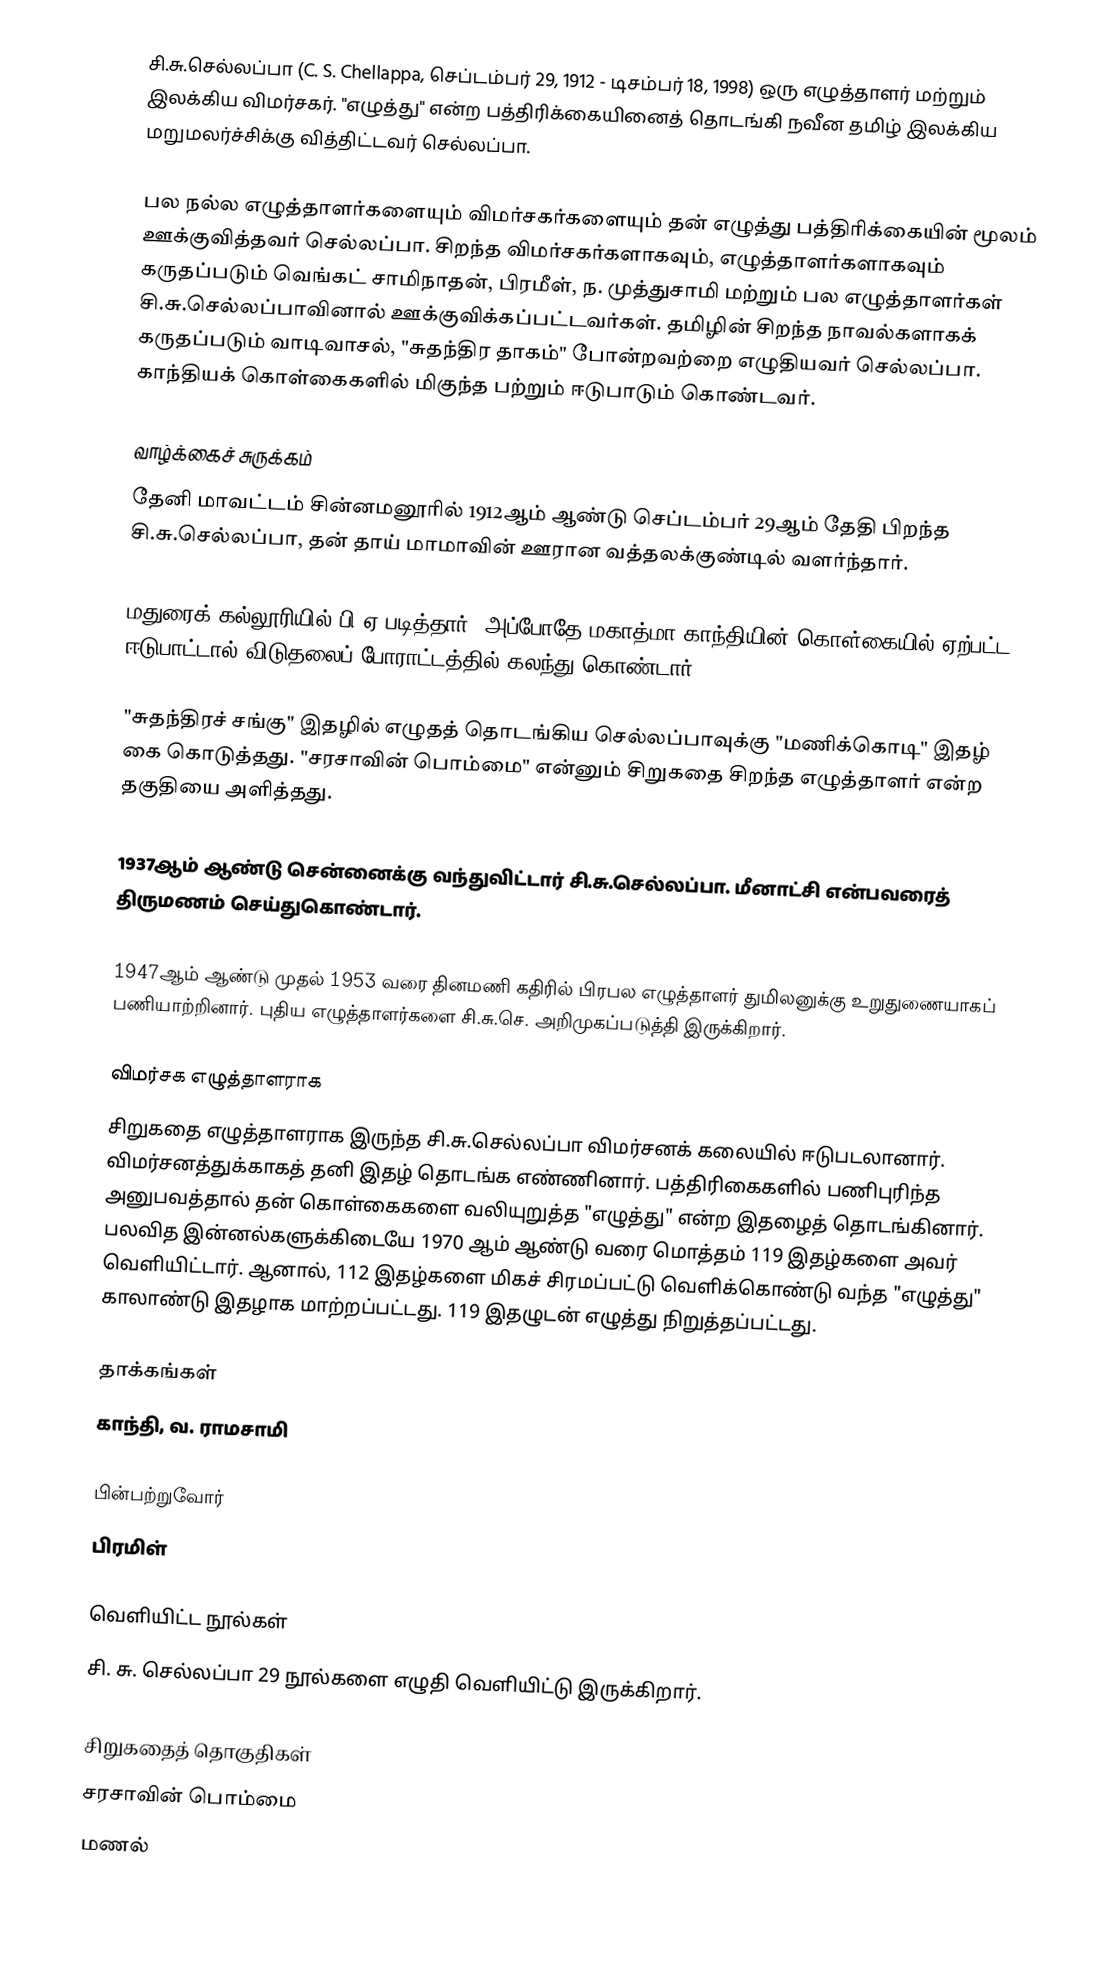
சி.சு.செல்லப்பா (C. S. Chellappa, செப்டம்பர் 29, 1912 - டிசம்பர் 18, 1998) ஒரு எழுத்தாளர் மற்றும் இலக்கிய விமர்சகர். "எழுத்து" என்ற பத்திரிக்கையினைத் தொடங்கி நவீன தமிழ் இலக்கிய மறுமலர்ச்சிக்கு வித்திட்டவர் செல்லப்பா.

பல நல்ல எழுத்தாளர்களையும் விமர்சகர்களையும் தன் எழுத்து பத்திரிக்கையின் மூலம் ஊக்குவித்தவர் செல்லப்பா. சிறந்த விமர்சகர்களாகவும், எழுத்தாளர்களாகவும் கருதப்படும் வெங்கட் சாமிநாதன், பிரமீள், ந. முத்துசாமி மற்றும் பல எழுத்தாளர்கள் சி.சு.செல்லப்பாவினால் ஊக்குவிக்கப்பட்டவர்கள். தமிழின் சிறந்த நாவல்களாகக் கருதப்படும் வாடிவாசல், "சுதந்திர தாகம்" போன்றவற்றை எழுதியவர் செல்லப்பா. காந்தியக் கொள்கைகளில் மிகுந்த பற்றும் ஈடுபாடும் கொண்டவர்.

வாழ்க்கைச் சுருக்கம்
தேனி மாவட்டம் சின்னமனூரில் 1912ஆம் ஆண்டு செப்டம்பர் 29ஆம் தேதி பிறந்த சி.சு.செல்லப்பா, தன் தாய் மாமாவின் ஊரான வத்தலக்குண்டில் வளர்ந்தார்.

மதுரைக் கல்லூரியில் பி.ஏ.படித்தார். அப்போதே மகாத்மா காந்தியின் கொள்கையில் ஏற்பட்ட ஈடுபாட்டால் விடுதலைப் போராட்டத்தில் கலந்து கொண்டார்.

"சுதந்திரச் சங்கு" இதழில் எழுதத் தொடங்கிய செல்லப்பாவுக்கு "மணிக்கொடி" இதழ் கை கொடுத்தது. "சரசாவின் பொம்மை" என்னும் சிறுகதை சிறந்த எழுத்தாளர் என்ற தகுதியை அளித்தது.

1937ஆம் ஆண்டு சென்னைக்கு வந்துவிட்டார் சி.சு.செல்லப்பா. மீனாட்சி என்பவரைத் திருமணம் செய்துகொண்டார்.

1947ஆம் ஆண்டு முதல் 1953 வரை தினமணி கதிரில் பிரபல எழுத்தாளர் துமிலனுக்கு உறுதுணையாகப் பணியாற்றினார். புதிய எழுத்தாளர்களை சி.சு.செ. அறிமுகப்படுத்தி இருக்கிறார்.

விமர்சக எழுத்தாளராக
சிறுகதை எழுத்தாளராக இருந்த சி.சு.செல்லப்பா விமர்சனக் கலையில் ஈடுபடலானார். விமர்சனத்துக்காகத் தனி இதழ் தொடங்க எண்ணினார். பத்திரிகைகளில் பணிபுரிந்த அனுபவத்தால் தன் கொள்கைகளை வலியுறுத்த "எழுத்து" என்ற இதழைத் தொடங்கினார். பலவித இன்னல்களுக்கிடையே 1970 ஆம் ஆண்டு வரை மொத்தம் 119 இதழ்களை அவர் வெளியிட்டார். ஆனால், 112 இதழ்களை மிகச் சிரமப்பட்டு வெளிக்கொண்டு வந்த "எழுத்து" காலாண்டு இதழாக மாற்றப்பட்டது. 119 இதழுடன் எழுத்து நிறுத்தப்பட்டது.

தாக்கங்கள்
காந்தி, வ. ராமசாமி

பின்பற்றுவோர்
பிரமிள்

வெளியிட்ட நூல்கள்
சி. சு. செல்லப்பா 29 நூல்களை எழுதி வெளியிட்டு இருக்கிறார்.

சிறுகதைத் தொகுதிகள்
 சரசாவின் பொம்மை
 மணல்